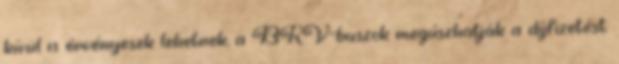
kívül is érvényesek lehetnek, a BKV-buszok megúszhatják a díjfizetést.